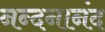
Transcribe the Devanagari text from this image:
नन्दनानंद